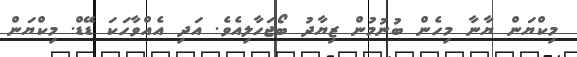
މިކްޔަން ޔާނާ މިހެން ބުނުމުން ޒިޔާދު ބޯޖަހާލިއެވެ. އަދި އެއްވާހަކަ ޑޭޑް. މިކްޔަން